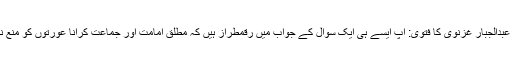
امام عبدالجبار غزنوی کا فتویٰ: آپ ایسے ہی ایک سوال کے جواب میں رقمطراز ہیں کہ مطلق امامت اور جماعت کرانا عورتوں کو منع نہیں۔